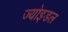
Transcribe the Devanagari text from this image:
ज्योइडल